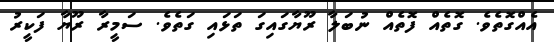
އެއްގޮތެވެ. ގޮތެއް ފޮތެއް ނުބަލާ ރޫޔާގައިގަ ތަޅައި ގަތެވެ. ސަމީރާ ރޫޔާ ފަކީރު